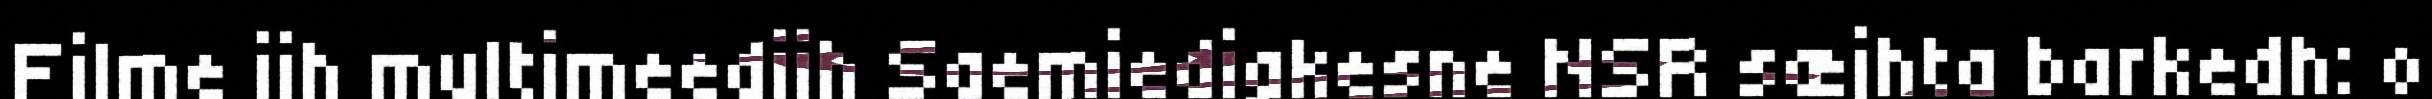
Filme jih multimeedijh Saemiedigkesne NSR sæjhta barkedh: o